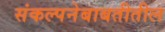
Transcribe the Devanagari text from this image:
संकल्पनेबाबतीतील